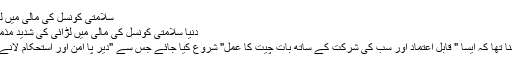
سلامتی کونسل کی مالی میں لڑائی کی شدید مذمت
دنیا سلامتی کونسل کی مالی میں لڑائی کی شدید مذمت مئی 21, 2014
سلامتی کونسل کا کہنا تھا کہ ایسا " قابل اعتماد اور سب کی شرکت کے ساتھ بات چیت کا عمل" شروع کیا جائے جس سے "دیر پا امن اور استحکام لانے میں مدد مل سکے"۔